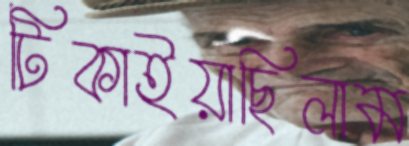
টিকাইয়াছিলাম